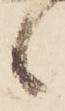
候